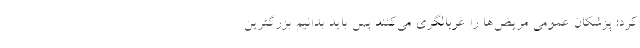
کرد: پزشکان عمومی مریض‌ها را غربالگری می‌کنند پس باید بدانیم بزرگترین